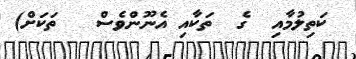
ކަތިލުމާއި  ގެ  ތަކާއި އެނޫންވެސް   ތަކަށް)